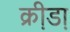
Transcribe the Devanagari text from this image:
क्री़डा़